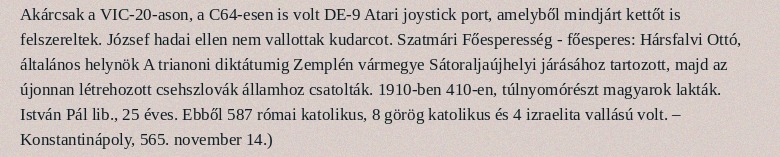
Akárcsak a VIC-20-ason, a C64-esen is volt DE-9 Atari joystick port, amelyből mindjárt kettőt is felszereltek. József hadai ellen nem vallottak kudarcot. Szatmári Főesperesség - főesperes: Hársfalvi Ottó, általános helynök A trianoni diktátumig Zemplén vármegye Sátoraljaújhelyi járásához tartozott, majd az újonnan létrehozott csehszlovák államhoz csatolták. 1910-ben 410-en, túlnyomórészt magyarok lakták. István Pál lib., 25 éves. Ebből 587 római katolikus, 8 görög katolikus és 4 izraelita vallású volt. – Konstantinápoly, 565. november 14.)